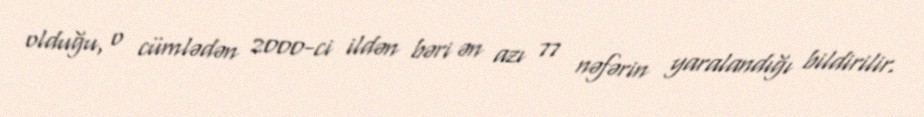
olduğu, o cümlədən 2000-ci ildən bəri ən azı 77 nəfərin yaralandığı bildirilir.